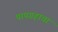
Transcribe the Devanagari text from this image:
पापग्रहाचा